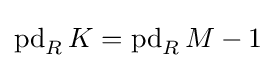
\operatorname {pd} _{R}K=\operatorname {pd} _{R}M-1